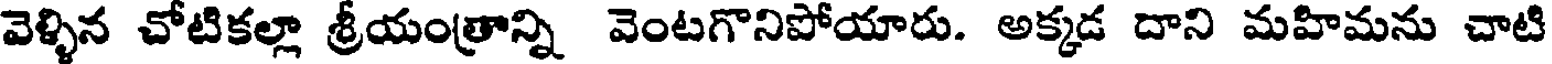
వెళ్ళిన చోటికల్లా శ్రీయంత్రాన్ని వెంటగొనిపోయారు. అక్కడ దాని మహిమను చాటి